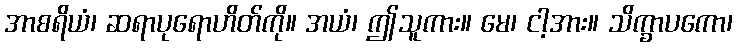
အာစရိယံ၊ ဆရာပုရောဟိတ်ကို။ အယံ၊ ဤသူကား။ မေ၊ ငါ့အား။ သိက္ခာပကော၊